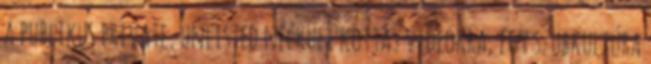
a publikus private, unlisted nélküli kottás videókra, egy szubkultúra